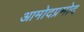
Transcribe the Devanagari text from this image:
आमोदप्रमोद